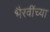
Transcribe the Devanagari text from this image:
भैरवींच्या